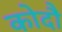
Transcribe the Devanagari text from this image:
कोदौ